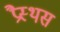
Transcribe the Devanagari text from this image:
प्रैस्थस